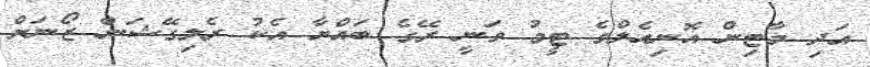
އަދި މާޓިން އޮނިއެލްގެ ޓީމު ވަނީ ރޭގެ ބައްޔާ އެކު ރެލިގޭޝަން ޒޯނަށް